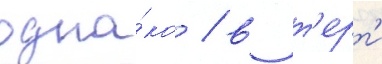
одна́ко / в т'ерт'и